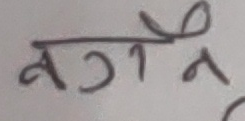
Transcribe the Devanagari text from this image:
लग नै